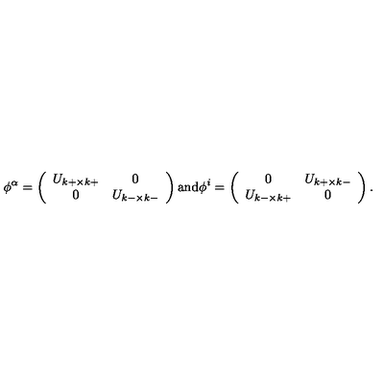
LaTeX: \phi ^ { \alpha } = \left( \begin{array} { c c } { U _ { k + \times k + } } & { 0 } \\ { 0 } & { U _ { k - \times k - } } \\ \end{array} \right) \mathrm { a n d } \phi ^ { i } = \left( \begin{array} { c c } { 0 } & { U _ { k + \times k - } } \\ { U _ { k - \times k + } } & { 0 } \\ \end{array} \right) .